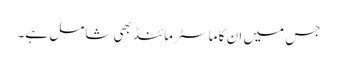
جس میں ان کا ماسٹرمائنڈ بھی شامل ہے۔